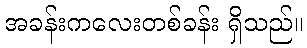
အခန်းကလေးတစ်ခန်း ရှိသည်။